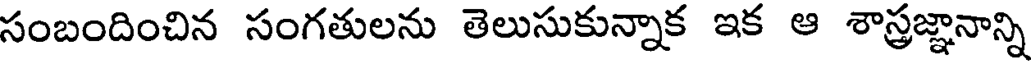
సంబందించిన సంగతులను తెలుసుకున్నాక ఇక ఆ శాస్త్రజ్ఞానాన్ని